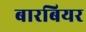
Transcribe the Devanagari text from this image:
बारबियर